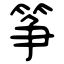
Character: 筝